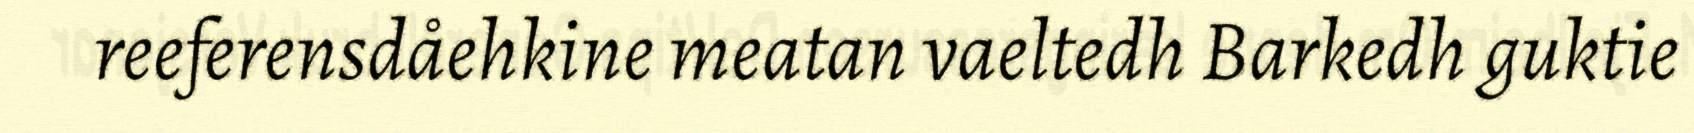
reeferensdåehkine meatan vaeltedh Barkedh guktie